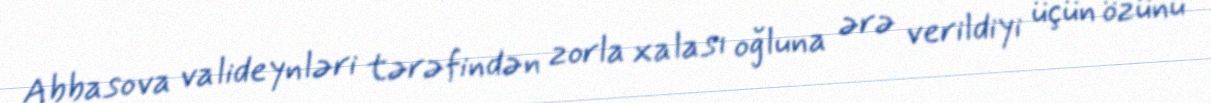
Abbasova valideynləri tərəfindən zorla xalası oğluna ərə verildiyi üçün özünü